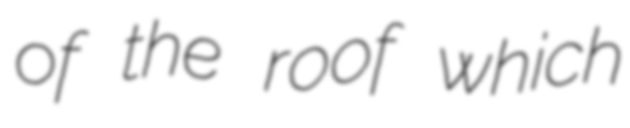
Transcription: of the roof which